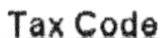
TAX CODE